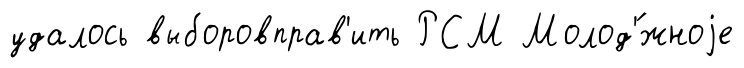
удалось выборовправ'ить РСМ Молод'́жноjе